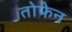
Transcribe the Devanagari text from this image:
तोफेन